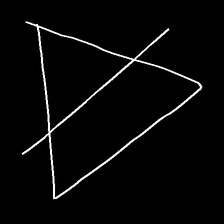
Glyph: empower